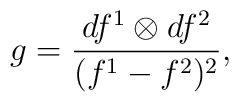
g = \frac{ df^{1} \otimes df^{2}}{(f^{1}-f^{2})^{2}},